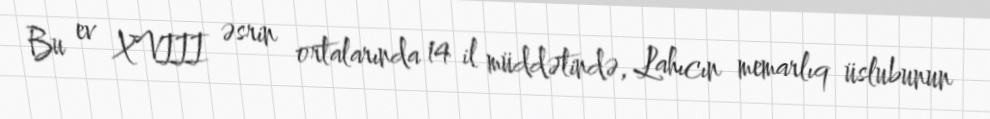
Bu ev XVIII əsrin ortalarında 14 il müddətində, Lahıcın memarlıq üslubunun